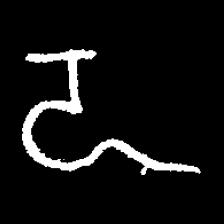
Pyu character \u2014 Myanmar letter: ဍ (romanized: dda)